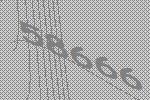
58666